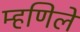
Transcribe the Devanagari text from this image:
म्हणिलें